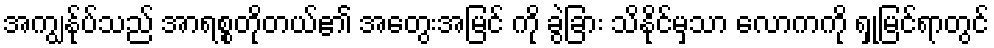
အကျွန်ုပ်သည် အာရစ္စတိုတယ်၏ အတွေးအမြင် ကို ခွဲခြား သိနိုင်မှသာ လောကကို ရှုမြင်ရာတွင်